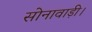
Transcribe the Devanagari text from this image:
सोनावाड़ी।